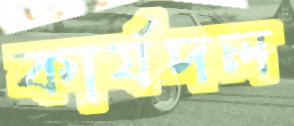
কার্যদল